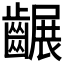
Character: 𪙕